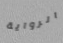
الرواية